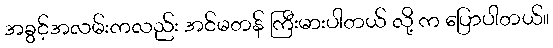
အခွင့်အလမ်းကလည်း အင်မတန် ကြီးမားပါတယ် လို့ က ပြောပါတယ်။